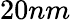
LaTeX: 20nm